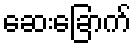
ဆေးခြောက်